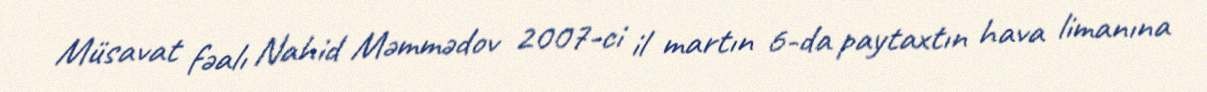
Müsavat fəalı Nahid Məmmədov 2007-ci il martın 6-da paytaxtın hava limanına